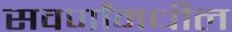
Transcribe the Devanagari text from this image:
सवर्णांमधील